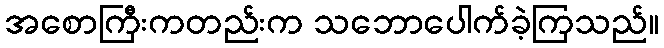
အစောကြီးကတည်းက သဘောပေါက်ခဲ့ကြသည်။